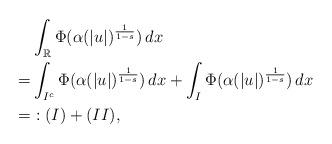
LaTeX: \begin{align*}&\int_{\mathbb{R}}\Phi(\alpha (|u|)^{\frac{1}{1-s}})\, dx \\=&\int_{I^c}\Phi(\alpha (|u|)^{\frac{1}{1-s}})\, dx+\int_{I}\Phi(\alpha (|u|)^{\frac{1}{1-s}})\, dx\\=&:(I)+(II),\end{align*}